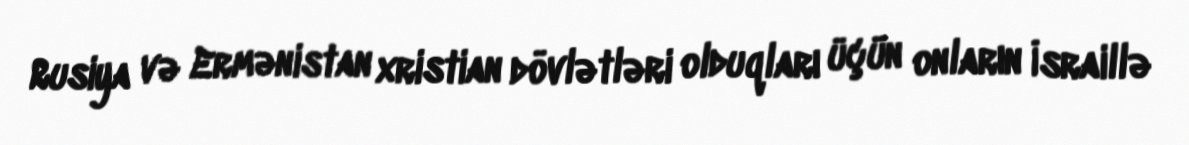
Rusiya və Ermənistan xristian dövlətləri olduqları üçün onların İsraillə